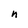
Character: n